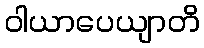
ဝါယာပေယျာတိ